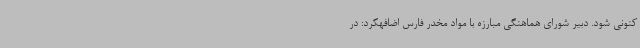
کنونی شود. دبیر شورای هماهنگی مبارزه با مواد مخدر فارس اضافهکرد: در